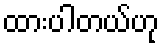
ထားပါတယ်ဟု